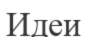
Идеи